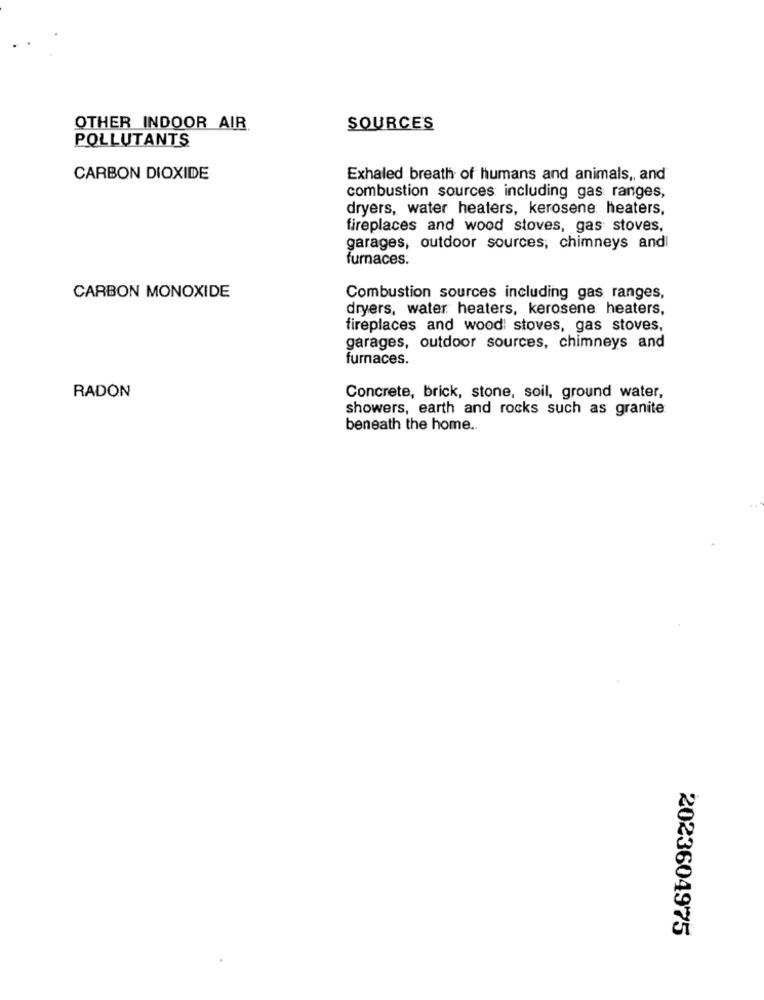
OTHER INDOOR AIR
SOURCES
POLLUTANTS
CARBON DIOXIDE
Exhaled breath of humans and animals ,, and
combustion sources including gas ranges,
dryers, water heaters, kerosene heaters,
fireplaces and wood stoves, gas stoves,
garages, outdoor sources, chimneys and
furnaces.
CARBON MONOXIDE
Combustion sources including gas ranges,
dryers, water heaters, kerosene heaters,
fireplaces and wood stoves, gas stoves,
garages, outdoor sources, chimneys and
furnaces.
RADON
Concrete, brick, stone, soil, ground water,
showers, earth and rocks such as granite
beneath the home ..
2023604975